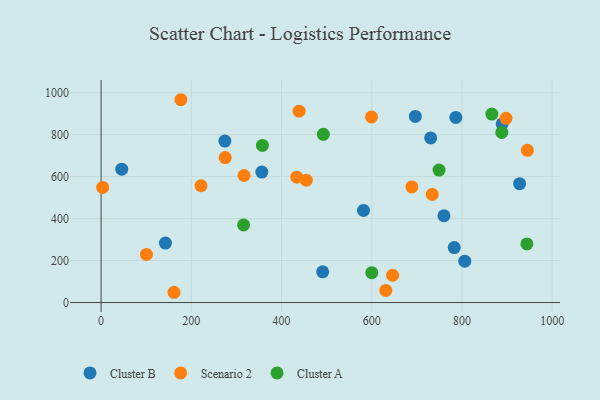
{"axis": {"x": "Investment", "y": "Demand"}, "legend": ["Cluster A", "Cluster B", "Scenario 2"], "data": [{"x": "696.6", "y": 886.7, "type": "Cluster B"}, {"x": "889.1", "y": 851.3, "type": "Cluster B"}, {"x": "491.2", "y": 146.5, "type": "Cluster B"}, {"x": "806.2", "y": 197.1, "type": "Cluster B"}, {"x": "786.4", "y": 881.8, "type": "Cluster B"}, {"x": "45.8", "y": 635.4, "type": "Cluster B"}, {"x": "730.6", "y": 784.3, "type": "Cluster B"}, {"x": "927.8", "y": 566.2, "type": "Cluster B"}, {"x": "760.1", "y": 413.5, "type": "Cluster B"}, {"x": "274.4", "y": 769.1, "type": "Cluster B"}, {"x": "356.3", "y": 621.5, "type": "Cluster B"}, {"x": "142.6", "y": 283.4, "type": "Cluster B"}, {"x": "782.9", "y": 261.8, "type": "Cluster B"}, {"x": "581.7", "y": 439.0, "type": "Cluster B"}, {"x": "689.0", "y": 550.9, "type": "Scenario 2"}, {"x": "100.6", "y": 229.4, "type": "Scenario 2"}, {"x": "221.5", "y": 556.4, "type": "Scenario 2"}, {"x": "3.4", "y": 548.3, "type": "Scenario 2"}, {"x": "646.3", "y": 129.9, "type": "Scenario 2"}, {"x": "161.7", "y": 48.9, "type": "Scenario 2"}, {"x": "599.5", "y": 884.5, "type": "Scenario 2"}, {"x": "945.0", "y": 725.4, "type": "Scenario 2"}, {"x": "176.9", "y": 966.3, "type": "Scenario 2"}, {"x": "316.9", "y": 605.3, "type": "Scenario 2"}, {"x": "897.7", "y": 877.5, "type": "Scenario 2"}, {"x": "631.2", "y": 57.8, "type": "Scenario 2"}, {"x": "275.2", "y": 690.5, "type": "Scenario 2"}, {"x": "439.0", "y": 911.6, "type": "Scenario 2"}, {"x": "433.8", "y": 597.1, "type": "Scenario 2"}, {"x": "455.0", "y": 582.9, "type": "Scenario 2"}, {"x": "734.1", "y": 515.0, "type": "Scenario 2"}, {"x": "866.3", "y": 898.1, "type": "Cluster A"}, {"x": "749.2", "y": 630.9, "type": "Cluster A"}, {"x": "357.6", "y": 748.8, "type": "Cluster A"}, {"x": "492.7", "y": 801.4, "type": "Cluster A"}, {"x": "315.9", "y": 369.6, "type": "Cluster A"}, {"x": "600.1", "y": 142.5, "type": "Cluster A"}, {"x": "943.9", "y": 279.2, "type": "Cluster A"}, {"x": "888.3", "y": 810.7, "type": "Cluster A"}]}